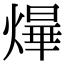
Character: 㷸